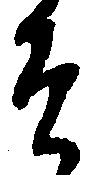
そ